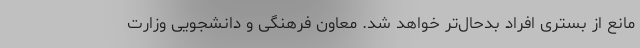
مانع از بستری افراد بدحال‌تر خواهد شد. معاون فرهنگی و دانشجویی وزارت